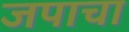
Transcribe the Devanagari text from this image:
जपाचा